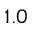
1 . 0